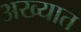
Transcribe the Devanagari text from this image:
अख्यात